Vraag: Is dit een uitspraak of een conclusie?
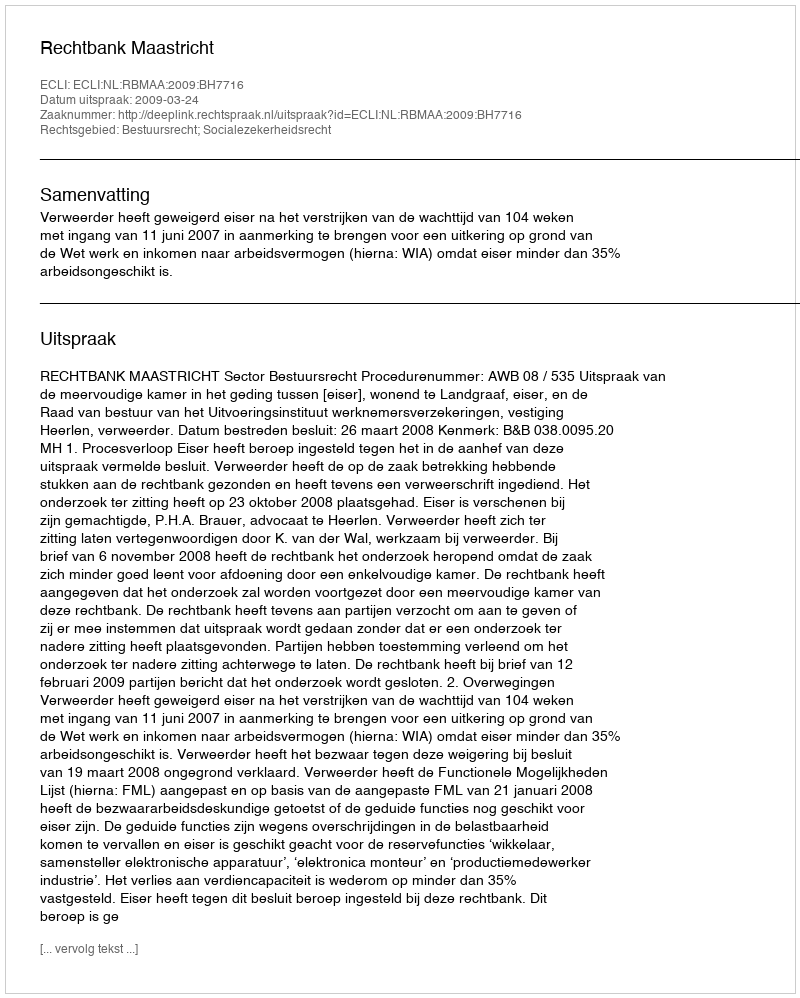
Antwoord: Uitspraak